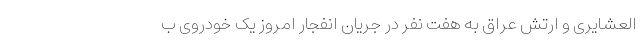
العشایری و ارتش عراق به هفت نفر در جریان انفجار امروز یک خودروی ب